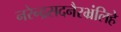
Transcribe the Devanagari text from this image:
नरेन्द्रसदनैरभ्रंलिहे